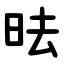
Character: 㫢